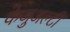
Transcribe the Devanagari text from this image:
केजुअल्टी